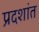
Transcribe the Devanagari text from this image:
प्रदशांत